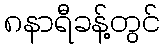
၈နာရီခန့်တွင်